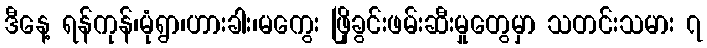
ဒီနေ့ ရန်ကုန်၊မုံရွာ၊ဟားခါး၊မကွေး ဖြိုခွင်းဖမ်းဆီးမှုတွေမှာ သတင်းသမား ၇